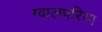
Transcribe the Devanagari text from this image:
ग्वालपरिया